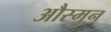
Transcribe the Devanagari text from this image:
औस्मुन